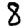
Digit: 8